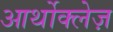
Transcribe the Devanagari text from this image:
आर्थोक्लेज़